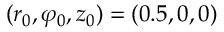
( r _ { 0 } , \varphi _ { 0 } , z _ { 0 } ) = ( 0 . 5 , 0 , 0 )